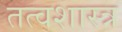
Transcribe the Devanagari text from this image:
तत्वशास्त्र